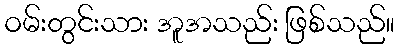
ဝမ်းတွင်းသား အူအသည်း ဖြစ်သည်။